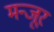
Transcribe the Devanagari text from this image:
मन्जूर